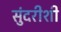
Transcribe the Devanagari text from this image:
सुंदरीशी